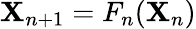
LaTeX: \boldsymbol{\textbf{X}}_{n+1}=F_{n}(\boldsymbol{\textbf{X}}_{n})